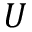
U